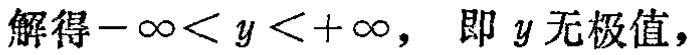
解得\(-\infty<y<+\infty,\) 即 \(y\) 无极值，